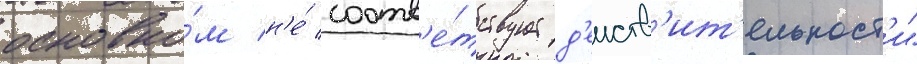
основно́м н'е́ соотв'е́тствует д'еиств'ит'ельност'и"